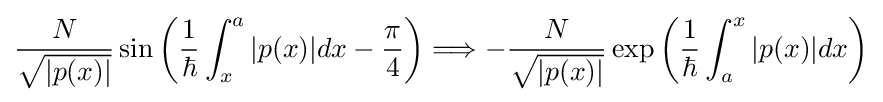
{\frac {N}{\sqrt {|p(x)|}}}\sin {\left({\frac {1}{\hbar }}\int _{x}^{a}|p(x)|dx-{\frac {\pi }{4}}\right)}\Longrightarrow -{\frac {N}{\sqrt {|p(x)|}}}\exp {\left({\frac {1}{\hbar }}\int _{a}^{x}|p(x)|dx\right)}